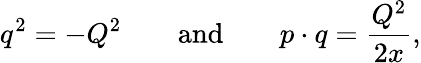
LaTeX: q^{2}=-Q^{2}\qquad\mathrm{and}\qquad p\cdot q={\frac{Q^{2}}{2x}},